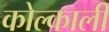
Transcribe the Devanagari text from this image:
कोल्काली